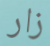
زار